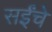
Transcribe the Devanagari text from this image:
सईंचे